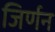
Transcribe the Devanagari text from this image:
जिर्णन